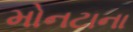
મોનટાના